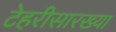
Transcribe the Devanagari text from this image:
टेहरीसारख्या